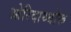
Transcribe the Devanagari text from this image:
ओरिदाथ्थोरू